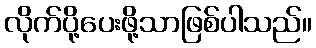
လိုက်ပို့ပေးဖို့သာဖြစ်ပါသည်။